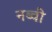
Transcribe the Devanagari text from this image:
नब्वी